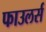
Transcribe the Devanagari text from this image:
फाउलर्स